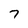
Character: 7